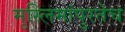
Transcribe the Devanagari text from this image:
मुस्लिमांपुरतेच